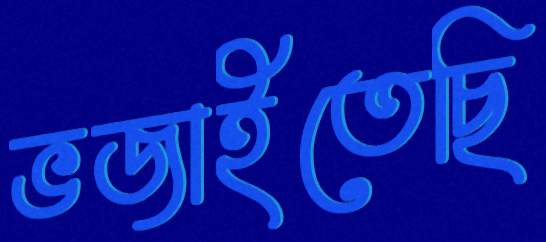
ভজাইতেছি